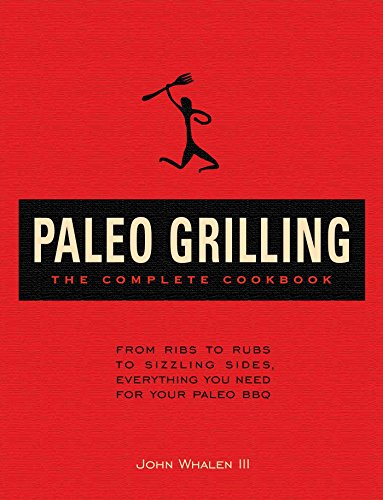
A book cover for Paleo Grilling: The Complete Cookbook: From Ribs to Rubs to Sizzling Sides, Everything You Need for Your Paleo BBQ; John Whalen III; Cookbooks, Food & Wine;